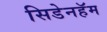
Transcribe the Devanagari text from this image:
सिडेनहॅम